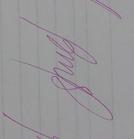
Signature authenticity: genuine